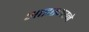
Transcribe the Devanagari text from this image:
आइस्नरने